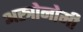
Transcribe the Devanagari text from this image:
अस्त्रोनोमी